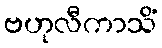
ဗဟုလီကာသိံ